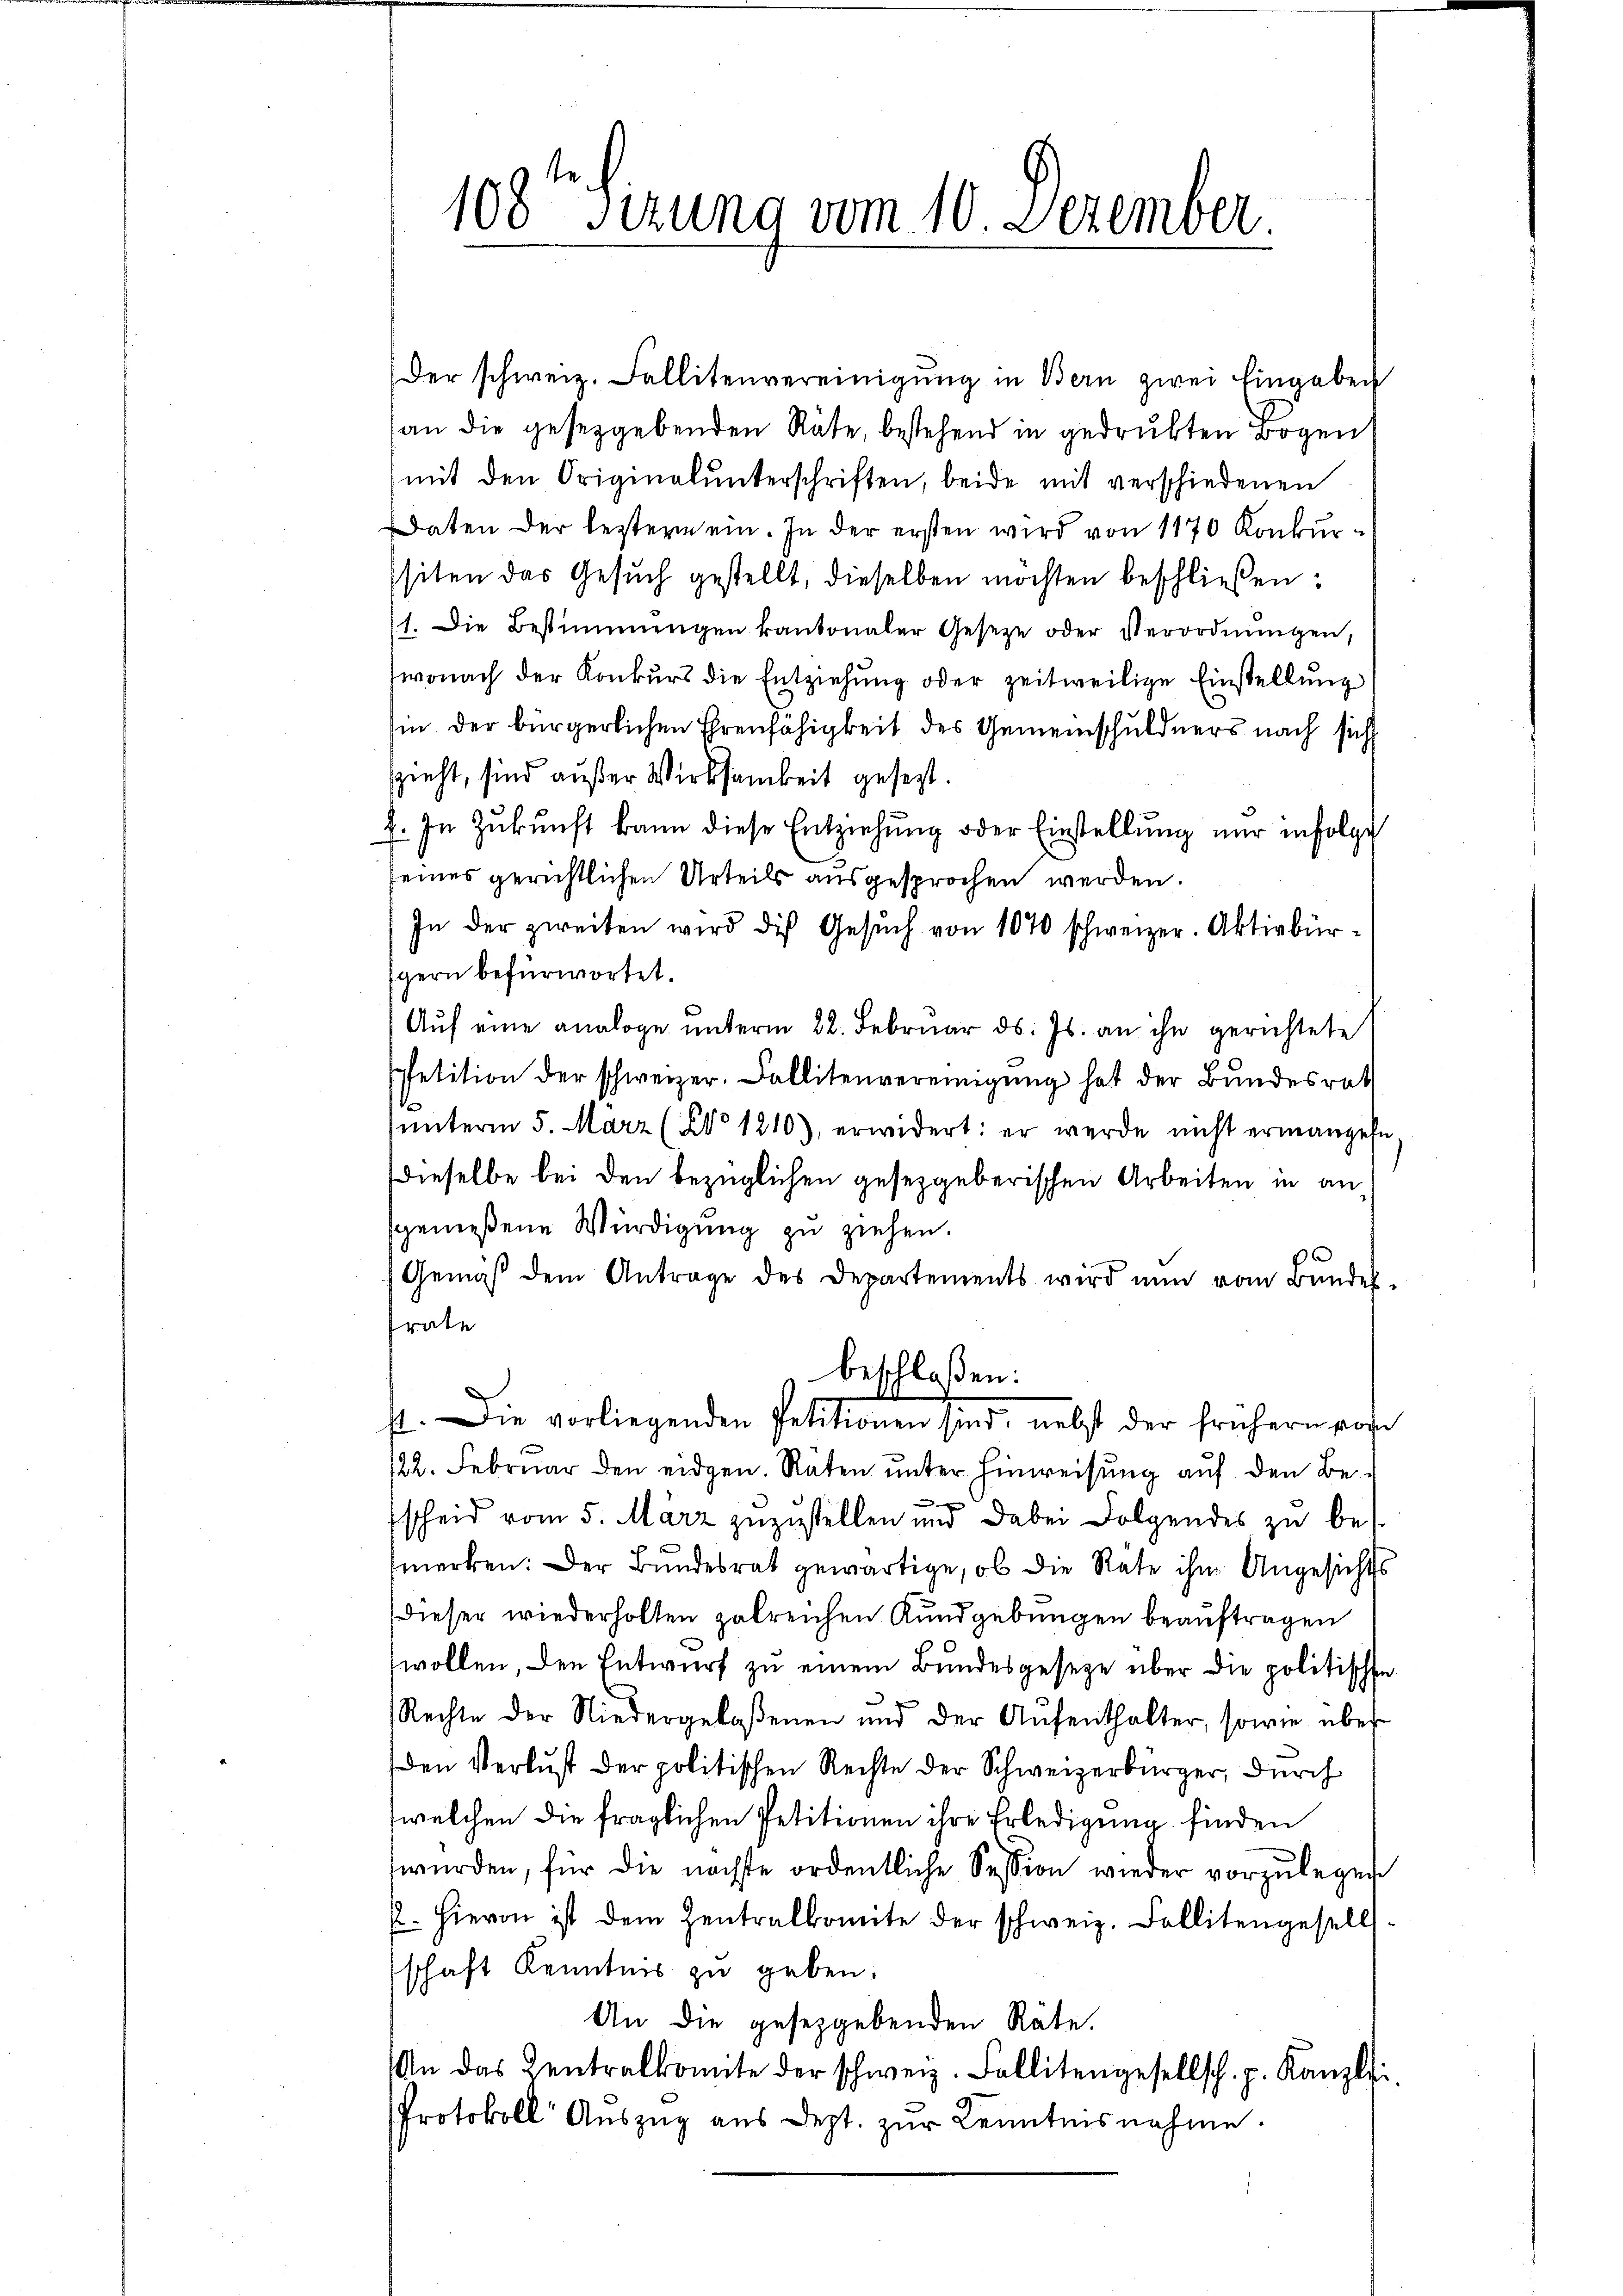
108te Sitzung vom 10. Dezember

Der schweiz. Fallitenvereinigung in Bern zwei Eingaben
an die gesetzgebenden Räte, bestehend in gedrukten Bogen
mit den Originalunterschriften, beide mit verschiedenen
Ddaten der leztern ein. In der ersten wird von 1170 Konkursiten das Gesŭch gestellt, dieselben möchten beschließen:
1. Die Bestimmungen kantonaler Gesetze oder Verordnŭngen,
wonach der Konkurs die Entziehung oder zeitweilige Einstellung,
sin der bürgerlichen Ehrenfähigkeit des Gemeinschuldners nach sich
zieht, sind außer Wirksamkeit gesezt.
2. In Zukunft kann diese Entziehung oder Einstellung nur infolge
seines gerichtlichen Urteils ausgesprochen werden.
In der zweiten wird die Gesŭch von 1070 schweizer. Aktivbürgern befürwortet.
Aŭf eine analoge ŭnterm 22. Februar d. Js. an ihn gerichtete
spetition der schweizer. Fallitenvereinigŭng hat der Bundesrath
unterm 5. März (No 1210) erwidert: er werde nicht ermangen
dieselbe bei den bezüglichen gesetzgeberischen Arbeiten in ansgemeßene Würdigung zu ziehen.
Gemäβ dem Antrage des Departements wird nun vom Bŭndes-
rate
beschloßen:
st. Die vorliegenden Petitionen sind, nebst der frühern so
122. Februar den eidgen. Raten unter Hinweisung auf den Be-
w
scheid vom 5. März zuzustellen und dabei Folgendes zu bes
merken: Der Bundesrat gewärtige, ob die Rate ihm Angesichts
dieser wiederholten zalreichen Kundgebungen beauftragen
wollen, den Entwurf zu einem Bundesgesetze über die politische
Rechte der Niedergelassenen und der Aŭfenthalter, sowie über-
den Verlust der politischen Rechte der Schweizerbürger, durch
welchen die fraglichen Petitionen ihre Erledigung finden
würden, für die nächste ordentliche Session wieder vorzŭlegen
p. hievon ist dem Zentralkomite der schweiz. Fallitengesells
schaft Kenntnis zu geben.
An die gesetzgebenden Räte.
An das Zentralkomite der schweiz. Fallitengesellsch. p. Kanzlei
Protokoll Auszug aus Dept. zur Kenntnisnahme.